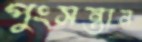
পুংসন্তান